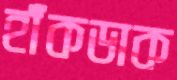
হাঁকডাক